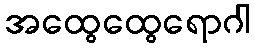
အထွေထွေရောဂါ